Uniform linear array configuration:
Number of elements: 4
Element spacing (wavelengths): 0.25
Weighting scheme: exponential
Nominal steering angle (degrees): -15
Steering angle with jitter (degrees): -16.434
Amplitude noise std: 0.05
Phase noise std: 0.05

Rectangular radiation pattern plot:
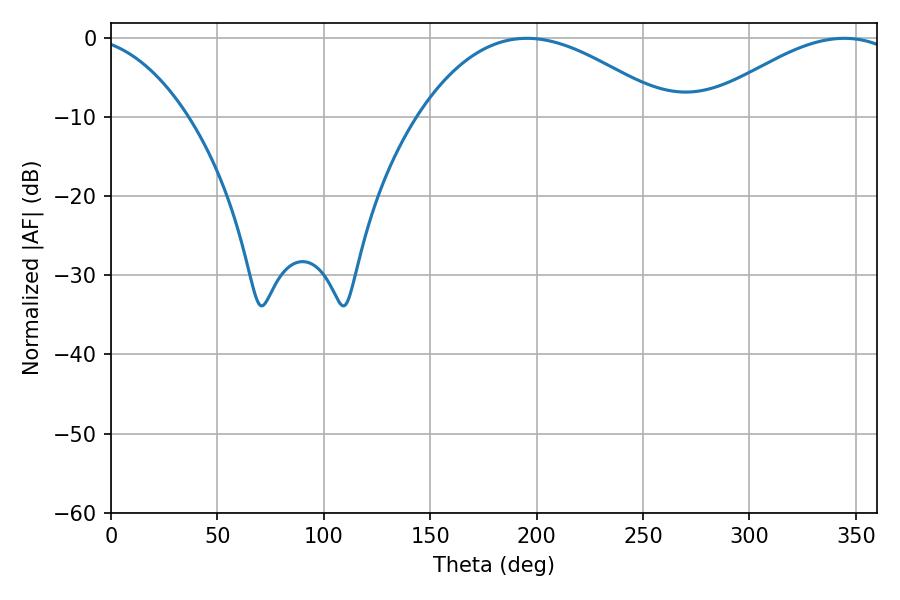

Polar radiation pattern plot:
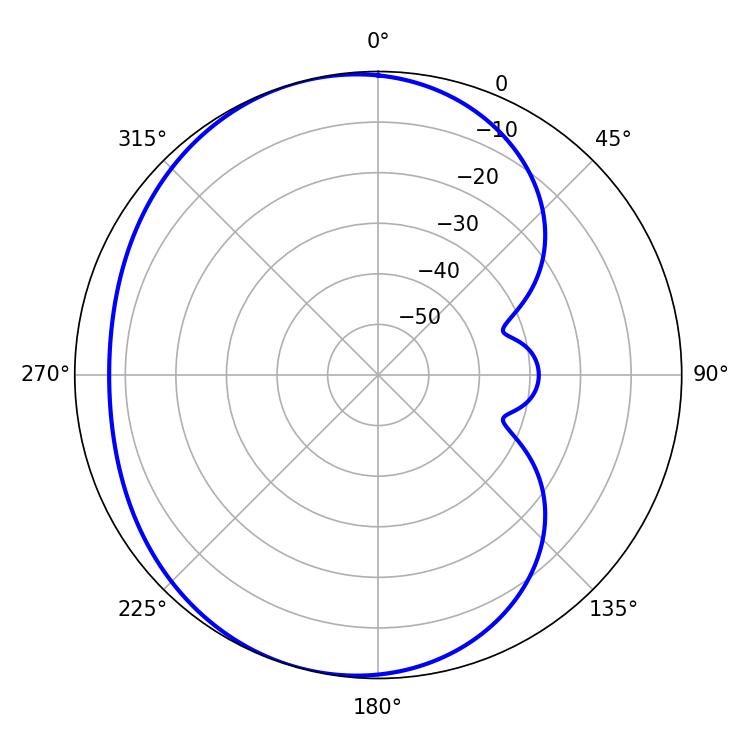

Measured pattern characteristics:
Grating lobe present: FALSE
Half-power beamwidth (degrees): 64.8
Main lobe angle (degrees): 195.48